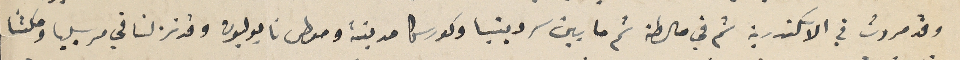
وقد مررت في الاسكندرية ثم في مالطة ثم ما بين سردينيا وكورسكا مدينة وموطى نايوليون وقد نزلنا في مرسيليا ومكثنا